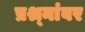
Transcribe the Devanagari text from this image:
प्रश्र्नांवर